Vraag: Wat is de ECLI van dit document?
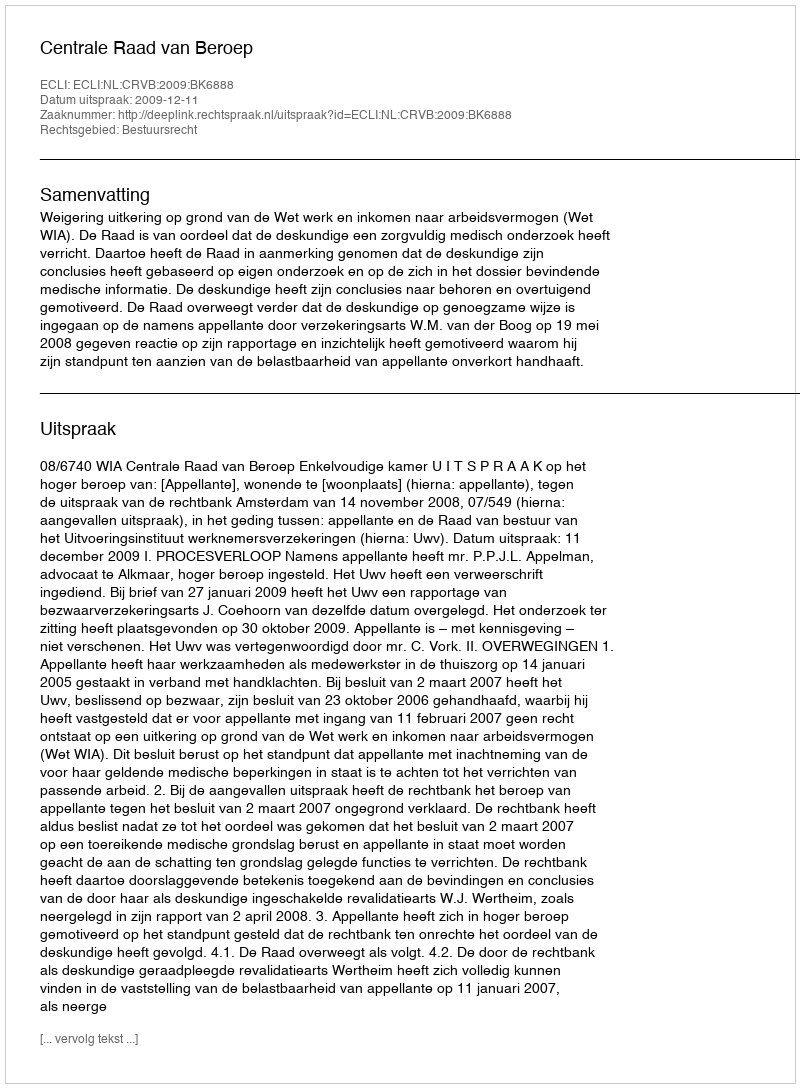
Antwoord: ECLI:NL:CRVB:2009:BK6888